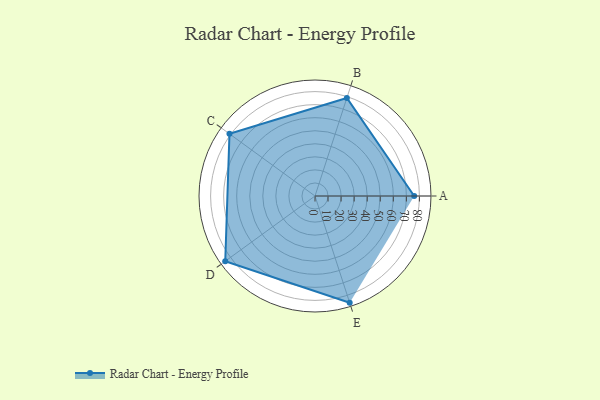
{"axis": {"x": "Skill", "y": "Score"}, "legend": ["Profile"], "data": [{"x": "A", "y": 76.0, "type": "Profile"}, {"x": "B", "y": 79.0, "type": "Profile"}, {"x": "C", "y": 81.0, "type": "Profile"}, {"x": "D", "y": 85.0, "type": "Profile"}, {"x": "E", "y": 86.0, "type": "Profile"}]}